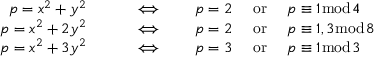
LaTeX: \begin{array} { r l } { p = x ^ { 2 } + y ^ { 2 } \qquad } & { { } \Longleftrightarrow \qquad p = 2 \quad { \mathrm { ~ o r ~ } } \quad p \equiv 1 { \bmod { 4 } } } \\ { p = x ^ { 2 } + 2 y ^ { 2 } \qquad } & { { } \Longleftrightarrow \qquad p = 2 \quad { \mathrm { ~ o r ~ } } \quad p \equiv 1 , 3 { \bmod { 8 } } } \\ { p = x ^ { 2 } + 3 y ^ { 2 } \qquad } & { { } \Longleftrightarrow \qquad p = 3 \quad { \mathrm { ~ o r ~ } } \quad p \equiv 1 { \bmod { 3 } } } \end{array}